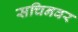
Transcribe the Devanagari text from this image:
सचिनवर